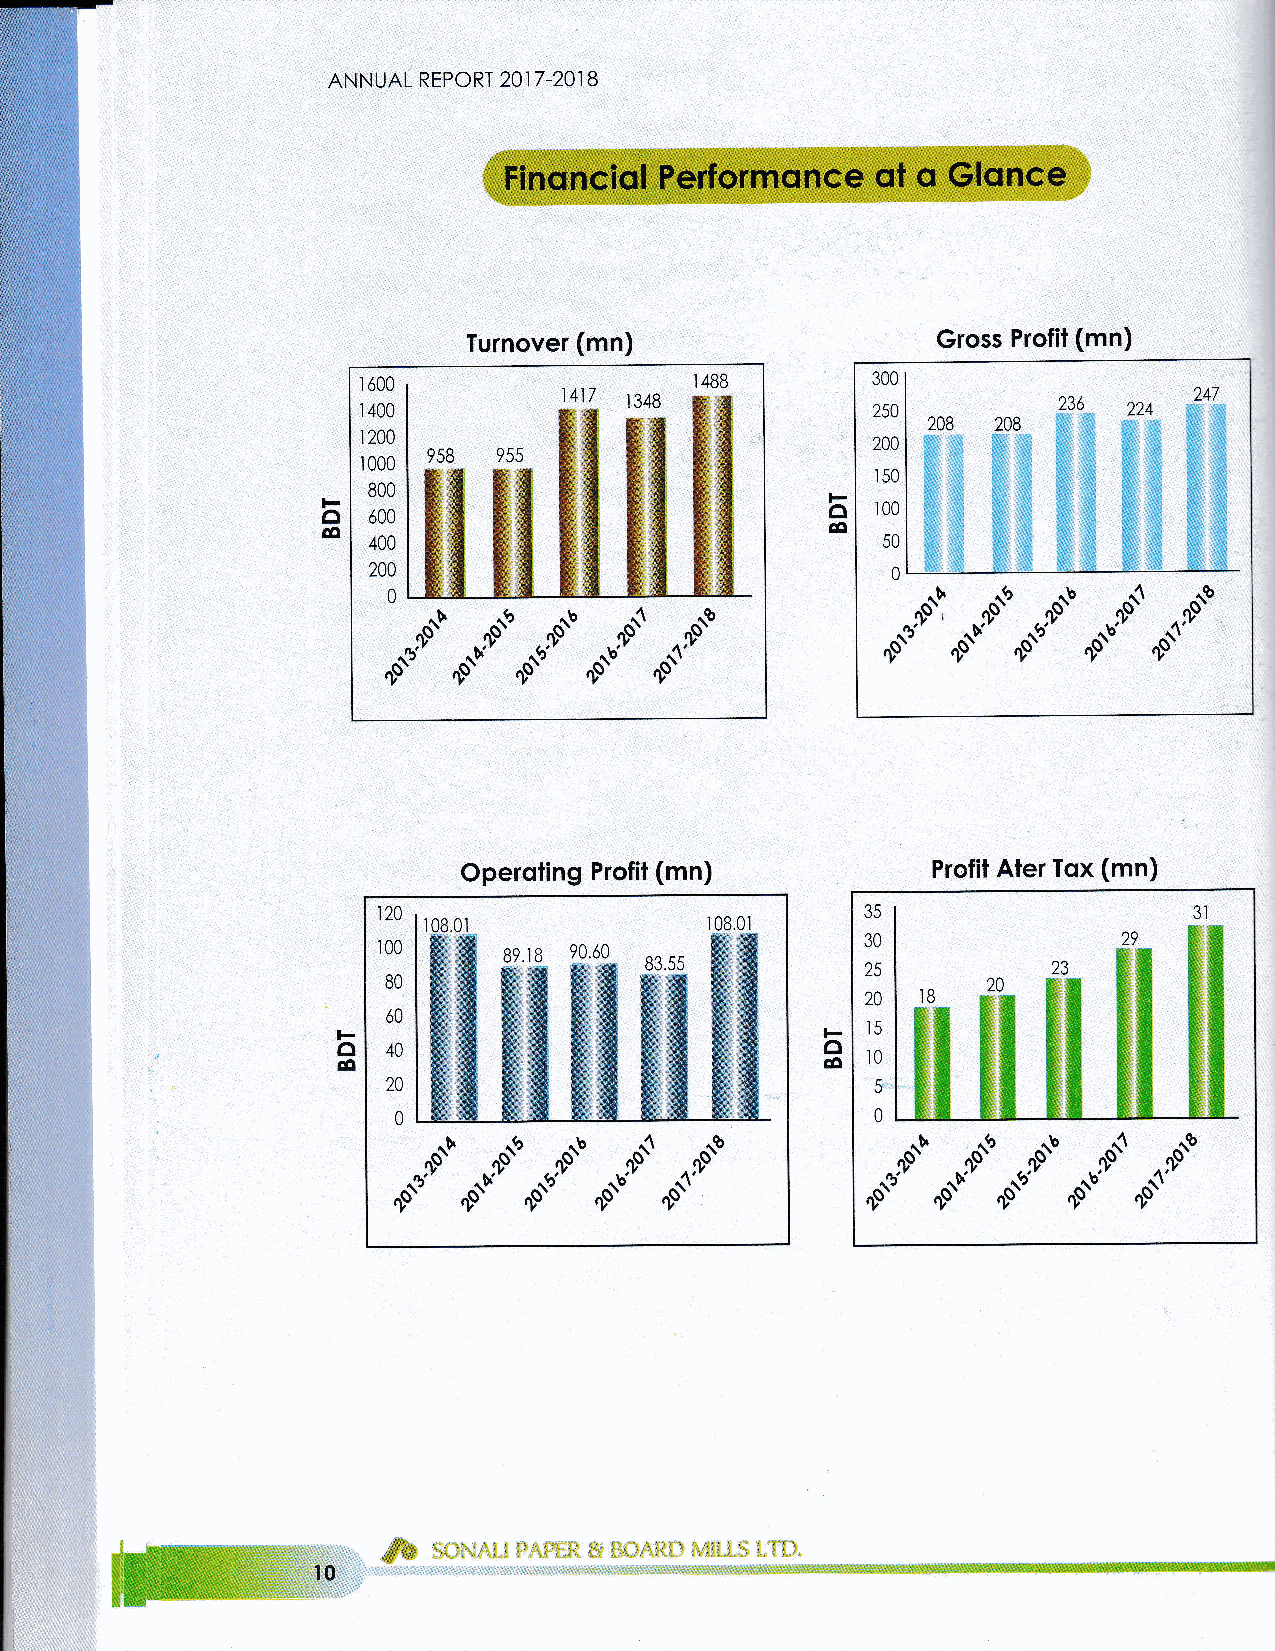
AN N UAL REPORT 201 7 -201 B
 Turnover (mn)                  Gross Profit (mn)
 r 600                 r 488       300
 r 400                             250
 r 200                             200
 r 000
 r50
 800
 o                                 a  r00
 600
 6                                 oo
 400                               50
 200                               0
 0
 y'*rndr*'*                           r*d r*'* r-"'J rJ'-i"
 ,*"'J,J'"o          "*dl
 Operoling Profit (mn)          Profit Aler Tox (mn)
 120                             AE                    3l
 30
 100
 25
 80
 20
 60
 t5
 o                                o
 40                           o t0
 00
 20
 0                               0
 ,s'"'odr*'*                                  r-"J,J'-i"
 """J,J'*          "*'*ndr*'*